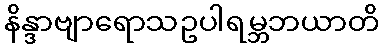
နိန္ဒာဗျာရောသဥပါရမ္ဘဘယာတိ